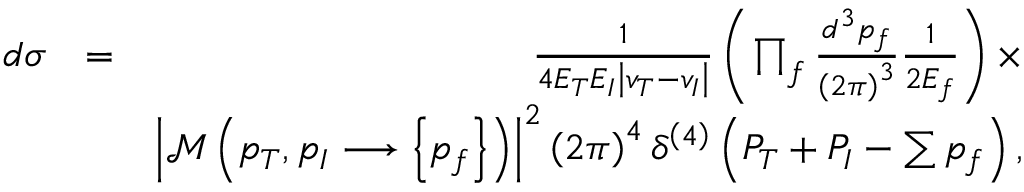
\begin{array} { r l r } { d \sigma } & { = } & { \frac { 1 } { 4 E _ { T } E _ { I } \left\vert v _ { T } - v _ { I } \right\vert } \left( \prod _ { f } \frac { d ^ { 3 } p _ { f } } { \left( 2 \pi \right) ^ { 3 } } \frac { 1 } { 2 E _ { f } } \right) \times } \\ & { } & { \left\vert \mathcal { M } \left( p _ { T } , p _ { I } \longrightarrow \left\{ p _ { f } \right\} \right) \right\vert ^ { 2 } \left( 2 \pi \right) ^ { 4 } \delta ^ { \left( 4 \right) } \left( P _ { T } + P _ { I } - \sum p _ { f } \right) , } \end{array}